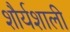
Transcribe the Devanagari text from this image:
शौर्यशाली